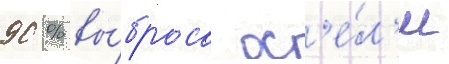
90 % вы́броса ос'е́л'и